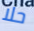
حلا